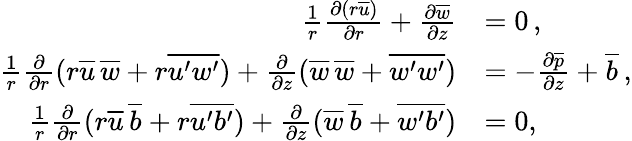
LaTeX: \begin{array}{rl}{\frac{1}{r}\frac{\partial(r\overline{{u}})}{\partial r}+\frac{\partial\overline{{w}}}{\partial z}}&{=0\, ,}\\ {\frac{1}{r}\frac{\partial}{\partial r}(r\overline{{u}}\, \overline{{w}}+r\overline{{u^{\prime}w^{\prime}}})+\frac{\partial}{\partial z}({\overline{{w}}}\, \overline{{w}}+\overline{{w^{\prime}w^{\prime}}})}&{=-\frac{\partial\overline{{p}}}{\partial z}+\overline{{b}}\, ,}\\ {\frac{1}{r}\frac{\partial}{\partial r}(r\overline{{u}}\, \overline{{b}}+r\overline{{u^{\prime}b^{\prime}}})+\frac{\partial}{\partial z}({\overline{{w}}}\, \overline{{b}}+\overline{{w^{\prime}b^{\prime}}})}&{=0,}\end{array}